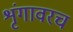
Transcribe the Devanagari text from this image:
शृंगावरच